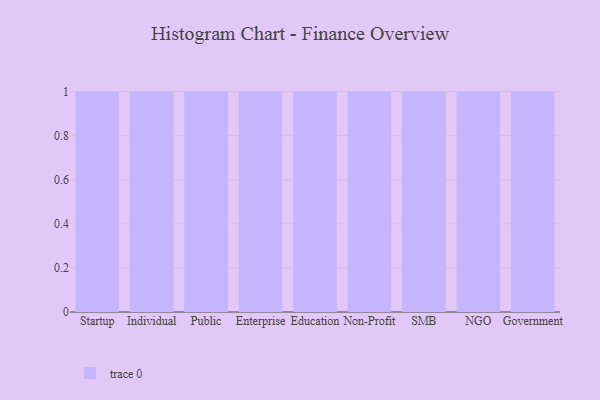
{"axis": {"x": "Segment", "y": "Waste Production (Tons)"}, "legend": [""], "data": [{"x": "Startup", "y": 11, "type": ""}, {"x": "Individual", "y": 74, "type": ""}, {"x": "Public", "y": 26, "type": ""}, {"x": "Enterprise", "y": 7, "type": ""}, {"x": "Education", "y": 39, "type": ""}, {"x": "Non-Profit", "y": 85, "type": ""}, {"x": "SMB", "y": 22, "type": ""}, {"x": "NGO", "y": 60, "type": ""}, {"x": "Government", "y": 29, "type": ""}]}